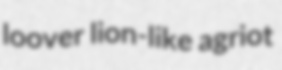
loover lion-like agriot